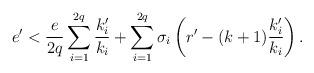
LaTeX: \begin{align*}e' < \frac{e}{2q}\sum_{i=1}^{2q}\frac{k'_i}{k_i} + \sum_{i=1}^{2q}\sigma_i\left(r'-(k+1)\frac{k'_i}{k_i}\right).\end{align*}